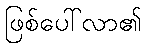
ဖြစ်ပေါ်လာ၏